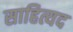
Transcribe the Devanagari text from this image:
साहित्यद